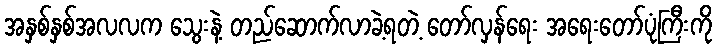
အနှစ်နှစ်အလလက သွေးနဲ့ တည်ဆောက်လာခဲ့ရတဲ့ တော်လှန်ရေး အရေးတော်ပုံကြီးကို